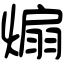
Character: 煽